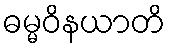
ဓမ္မဝိနယာတိ